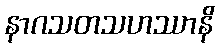
နာဂသတသဟဿာနိ